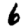
Digit: 6